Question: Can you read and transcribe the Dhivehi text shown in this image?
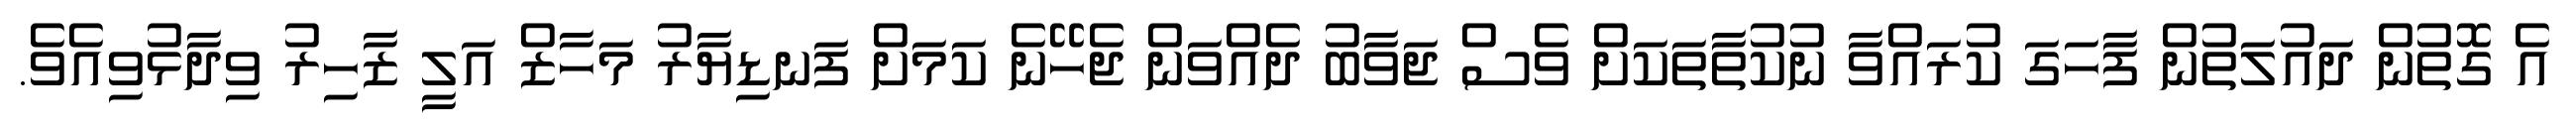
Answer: އެ ގޮތުން ދައުލަތުން ފާހަގަ ކުރައްވާ ނުކުތާތަކަށް ވެސް ޖަވާބު ދެއްވަން ޖެހޭނެ ކަމަށް ފަނޑިޔާރު މަހާޒް އަލީ ޒާހިރު ވިދާޅުވިއެވެ.